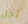
أجل